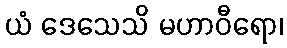
ယံ ဒေသေသိ မဟာဝီရော၊